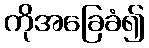
ကိုအခြေခံ၍